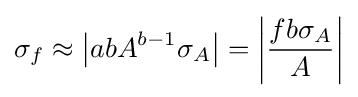
\sigma _{f}\approx \left|{a}{b}{A}^{b-1}{\sigma _{A}}\right|=\left|{\frac {{f}{b}{\sigma _{A}}}{A}}\right|